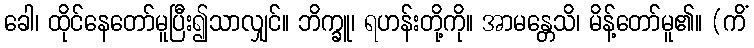
ခေါ၊ ထိုင်နေတော်မူပြီး၍သာလျှင်။ ဘိက္ခူ၊ ရဟန်းတို့ကို။ အာမန္တေသိ၊ မိန့်တော်မူ၏။ (ကိံ